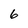
Character: 6